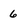
Character: 6